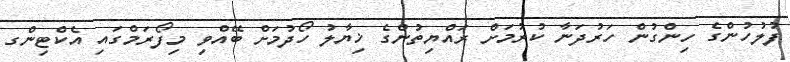
ފުލުހުންގެ ހިންގުން ހަރުދަނާ ކުރުމަށް ރައްޔިތުންގެ ޚިޔާލު ހޯދުމަށް ބޭއްވި މިފޯރަމްގައި އެކްޓިންގ